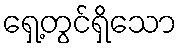
ရှေ့တွင်ရှိသော